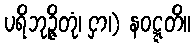
ပရိဘုဉ္ဇိတုံ၊ ငှာ၊) နဝဋ္ဋတိ။